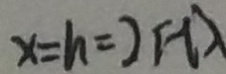
x = h = 2 F A